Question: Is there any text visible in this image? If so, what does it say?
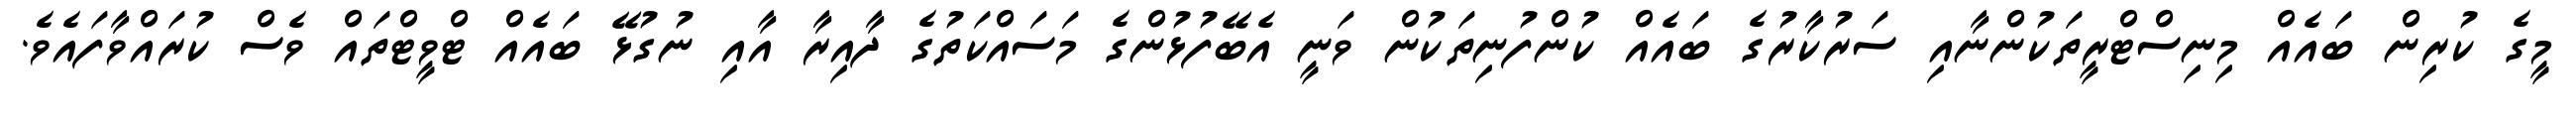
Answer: މީގެ ކުރިން ބައެއް މިނިސްޓްރީތަކުންނާއި ސަރުކާރުގެ ބައެއް ކުންފުނިތަކުން ވަނީ އެބޭފުޅުންގެ މަސައްކަތުގެ ދާއިރާ އާއި ނުގުޅޭ ބައެއް ޓްވީޓްތައް ވެސް ކުރައްވާފައެވެ.